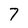
Character: 7